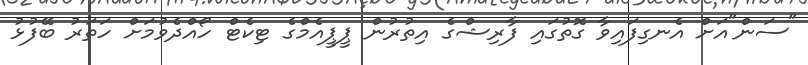
"ސަން"އަށް އެނގިފައިވާ ގޮތުގައި ފާރިޝްގެ އިތުރުން ޕީޕީއެމްގެ ޓިކެޓް ހޯއްދެވުމަށް ހަތަރު ބޭފުޅު